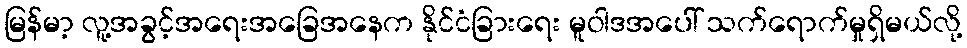
မြန်မာ့ လူ့အခွင့်အရေးအခြေအနေက နိုင်ငံခြားရေး မူဝါဒအပေါ် သက်ရောက်မှုရှိမယ်လို့